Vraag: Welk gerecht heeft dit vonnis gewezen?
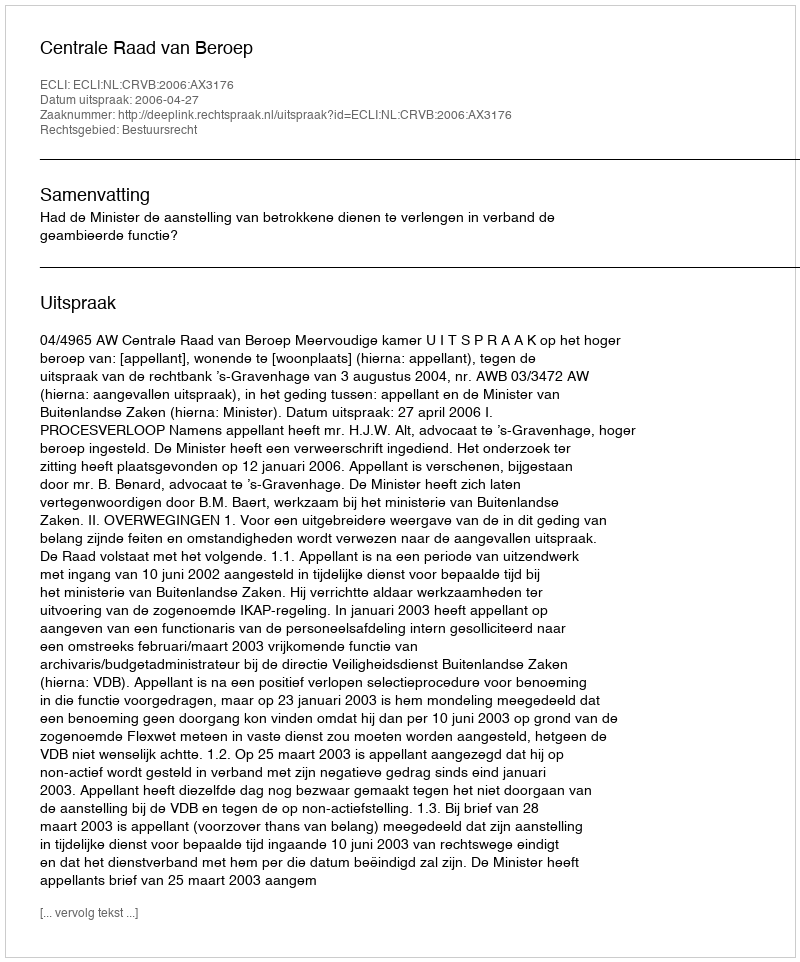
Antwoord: Centrale Raad van Beroep